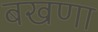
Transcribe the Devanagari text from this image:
बखणा